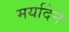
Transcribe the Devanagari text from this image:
मर्यादेने